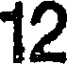
12